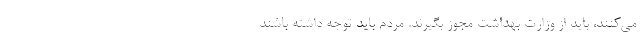
می‌کنند، باید از وزارت بهداشت مجوز بگیرند. مردم باید توجه داشته باشند